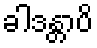
ခါဒန္တာပိ